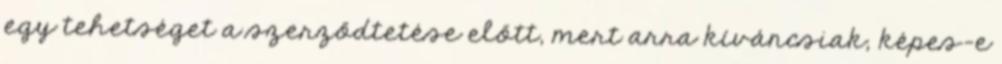
egy tehetséget a szerződtetése előtt, mert arra kíváncsiak, képes-e